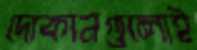
দোকানগুলোই